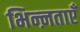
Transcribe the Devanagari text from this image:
भिन्ऩताएँ